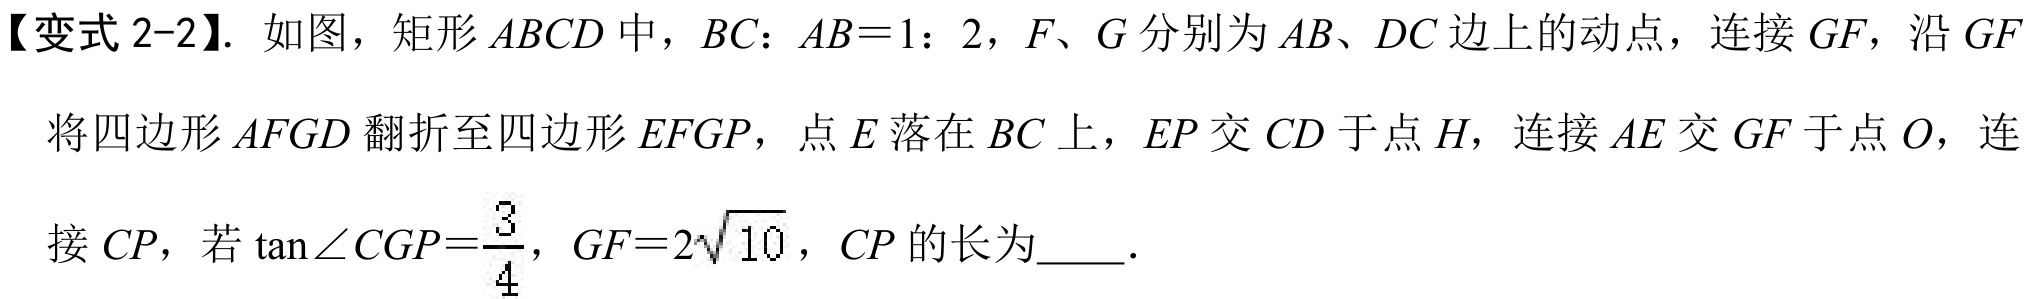
【变式 2-2】. 如图，矩形$ABCD$中，$BC：AB = 1：2$，$F、G$分别为$AB、DC$边上的动点，连接$GF$，沿$GF$
将四边形$AFGD$翻折至四边形$EFGP$，点$E$落在$BC$上，$EP$交$CD$于点$H$，连接$AE$交$GF$于点$O$，连
接$CP$，若$\tan\angle CGP = \frac{3}{4}$，$GF = 2\sqrt{10}$，$CP$的长为  ．